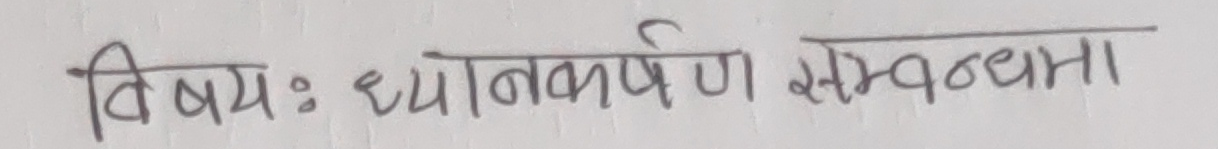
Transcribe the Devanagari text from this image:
विषयः ध्यानाकर्षण सम्बन्धमा